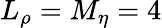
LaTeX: L_{\rho}=M_{\eta}=4